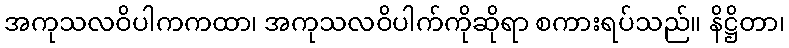
အကုသလဝိပါကကထာ၊ အကုသလဝိပါက်ကိုဆိုရာ စကားရပ်သည်။ နိဋ္ဌိတာ၊